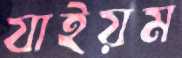
যাইয়ম